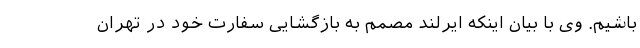
باشیم. وی با بیان اینکه ایرلند مصمم به بازگشایی سفارت خود در تهران